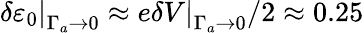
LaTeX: \left.\delta\varepsilon_{0}\right\vert_{\Gamma_{a}\to 0}\approx\left.e\delta V\right\vert_{\Gamma_{a}\to 0}/2\approx 0.25